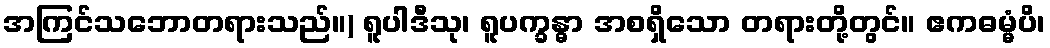
အကြင်သဘောတရားသည်။) ရူပါဒီသု၊ ရူပက္ခန္ဓာ အစရှိသော တရားတို့တွင်။ ဧကဓမ္မံပိ၊